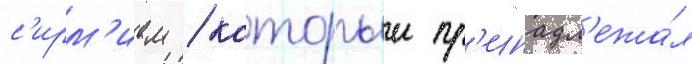
с'ирм'ием / которыи пр'инадл'ежа́л